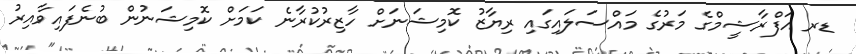
ޑރ އަފްރާޝީމްގެ މަރުގެ މައްސަލައިގައި ރިޔާޒު ކޮމިޝަނަށް ހާޒިރުކުރާނެ ކަމަށް ކޮމިޝަނުން ބުނެފައިވާއިރު